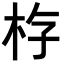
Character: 𪱿